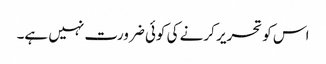
اس کو تحریر کرنے کی کوئی ضرورت نہیں ہے۔